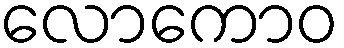
လောကောဝ